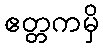
ဧတ္တကမှိ